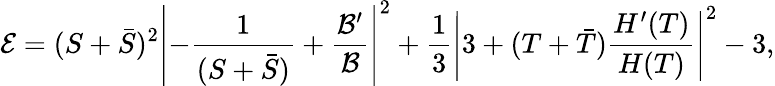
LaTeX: {\cal E}=(S+{\bar{S}})^{2}\left|-\frac{1}{(S+{\bar{S}})}+\frac{{\cal B}^{\prime}}{\cal B}\right|^{2}+\frac{1}{3}\left|3+(T+{\bar{T}})\frac{H^{\prime}(T)}{H(T)}\right|^{2}-3,